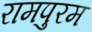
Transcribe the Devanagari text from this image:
रामपुरम